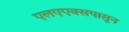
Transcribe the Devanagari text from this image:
एलएएक्सपासून